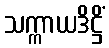
သက္ကာယဒိဋ္ဌိံ